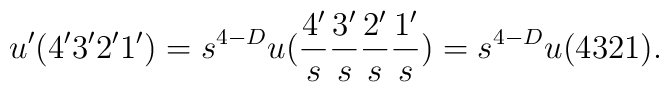
u^{\prime}(4^{\prime}3^{\prime}2^{\prime}1^{\prime})=s^{4-D}u(\frac{4^{\prime}}{s}\frac{3^{\prime}}{s}\frac{2^{\prime}}{s}\frac{1^{\prime}}{s})=s^{4-D}u(4321).